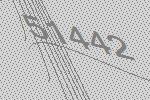
51442